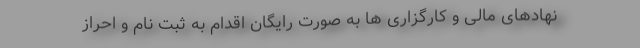
نهادهای مالی و کارگزاری ها به صورت رایگان اقدام به ثبت نام و احراز